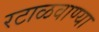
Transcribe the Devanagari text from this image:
रटाळवाण्या